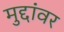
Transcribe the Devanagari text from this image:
मुद्दांवर